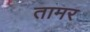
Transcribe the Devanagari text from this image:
तामर